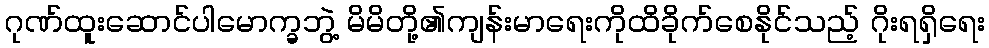
ဂုဏ်ထူးဆောင်ပါမောက္ခဘွဲ့ မိမိတို့၏ကျန်းမာရေးကိုထိခိုက်စေနိုင်သည့် ဂိုးရရှိရေး